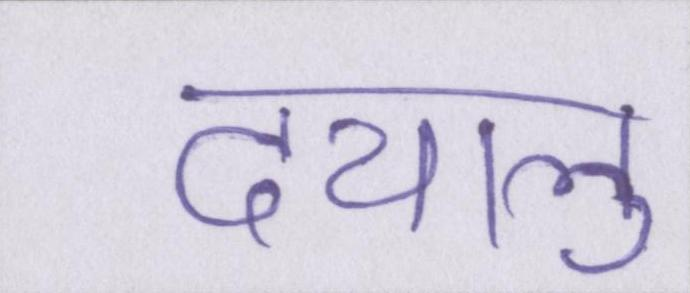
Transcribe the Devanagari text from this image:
दयालु